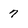
Character: 7